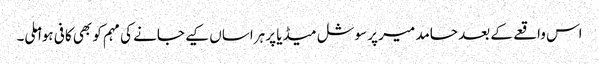
اس واقعے کے بعد حامد میر پر سوشل میڈیا پر ہراساں کیے جانے کی مہم کو بھی کافی ہوا ملی۔